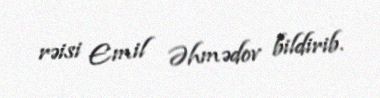
rəisi Emil Əhmədov bildirib.